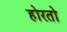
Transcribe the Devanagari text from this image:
होरतो